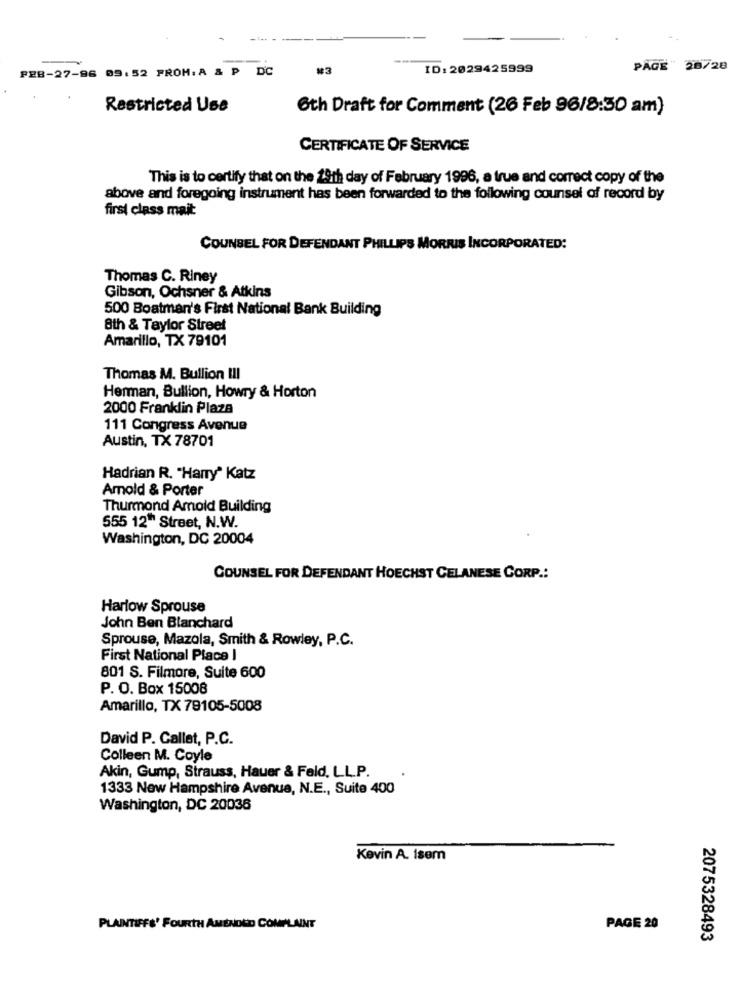
#3
ID: 2029425999
PÅGE" 28728
FEB-27-96 09:52 FROM. A & P DC
Restricted Use
6th Draft for Comment (26 Feb 96/8:30 am)
CERTIFICATE OF SERVICE
This is to certify that on the 19th day of February 1996, a true and correct copy of the
above and foregoing instrument has been forwarded to the following counsel of record by
first class mait:
COUNSEL FOR DEFENDANT PHILLIPS MORRIS INCORPORATED:
Thomas C. Riney
Gibson, Ochsner & Atkins
500 Boatman's First National Bank Building
8th & Taylor Street
Amarillo, TX 79101
Thomas M. Bullion III
Herman, Bullion, Howry & Horton
2000 Franklin Plaza
111 Congress Avenue
Austin, TX 78701
Hadrian R. "Harry" Katz
Amold & Porter
Thurmond Amold Building
555 12" Street, N.W.
Washington, DC 20004
COUNSEL FOR DEFENDANT HOECHST CELANESE CORP .:
Harlow Sprouse
John Ben Blanchard
Sprouse, Mazola, Smith & Rowley, P.C.
First National Place I
801 S. Filmore, Suite 600
P. O. Box 15008
Amarillo, TX 79105-5008
David P. Gallet, P.C.
Colleen M. Coyle
Akin, Gump, Strauss, Hauer & Fald, LL.P.
1333 New Hampshire Avenue, N.E ., Suite 400
Washington, DC 20036
Kevin A. Isem
PLAINTIFFS' FOURTH AMENDED COMPLAINT
PAGE 20
2075328493